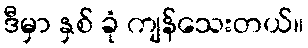
ဒီမှာ နှစ် ခုံ ကျန်သေးတယ်။